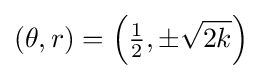
(\theta ,r)=\left({\tfrac {1}{2}},\pm {\sqrt {2k}}\right)